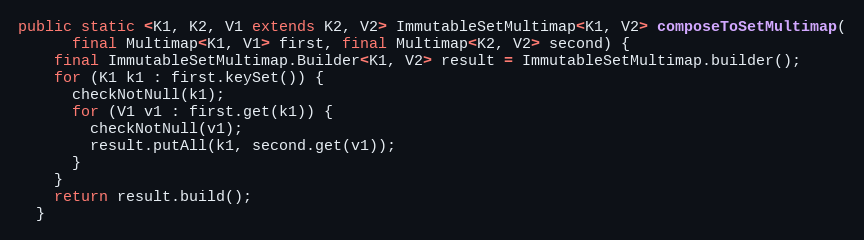
Language: Java
public static <K1, K2, V1 extends K2, V2> ImmutableSetMultimap<K1, V2> composeToSetMultimap(
      final Multimap<K1, V1> first, final Multimap<K2, V2> second) {
    final ImmutableSetMultimap.Builder<K1, V2> result = ImmutableSetMultimap.builder();
    for (K1 k1 : first.keySet()) {
      checkNotNull(k1);
      for (V1 v1 : first.get(k1)) {
        checkNotNull(v1);
        result.putAll(k1, second.get(v1));
      }
    }
    return result.build();
  }